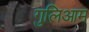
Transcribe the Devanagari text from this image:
गुलिआम